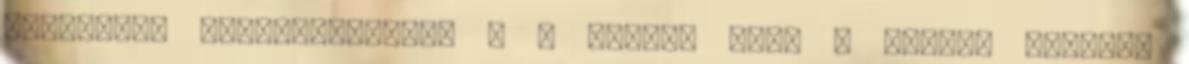
következõ információkat: a a gyártó vagy a gyártó nevében